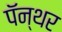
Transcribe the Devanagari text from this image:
पॅन्थर